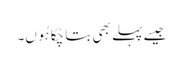
جیسے پہلے بھی بتا چُکا ہُوں۔